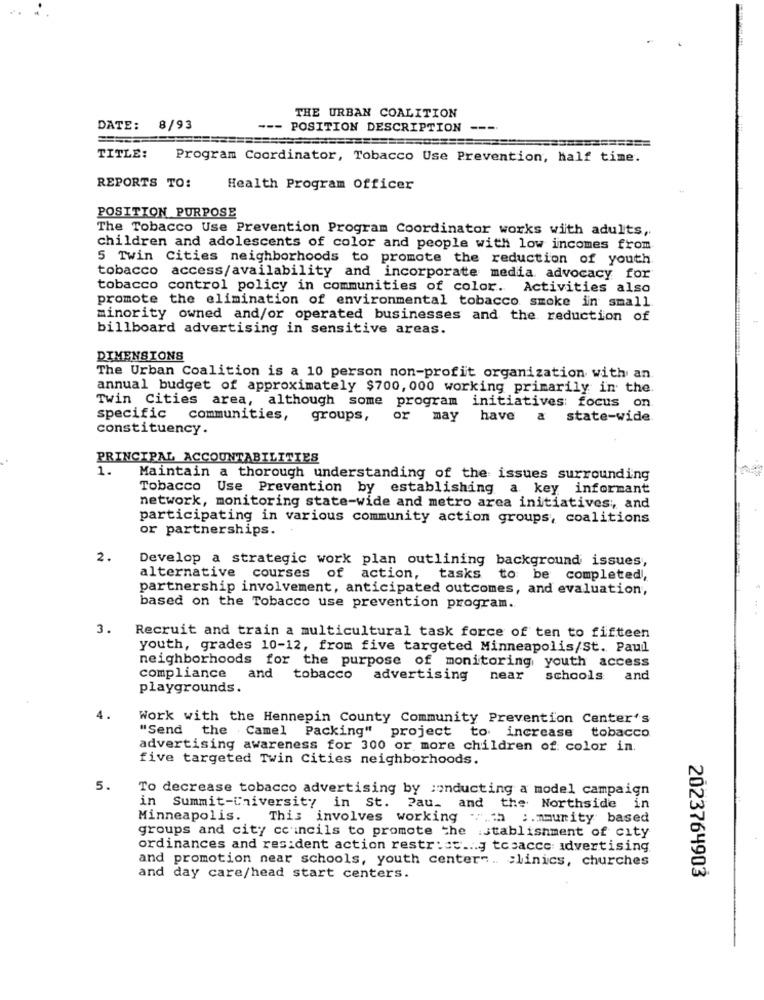
THE URBAN COALITION
DATE: 8/93
--- POSITION DESCRIPTION
TITLE:
Program Coordinator, Tobacco Use Prevention, half time.
REPORTS TO:
Health Program Officer
POSITION PURPOSE
The Tobacco Use Prevention Program Coordinator works with adults,
children and adolescents of color and people with low incomes from
5 Twin Cities neighborhoods to promote the reduction of youth
tobacco access/availability and incorporate media advocacy for
tobacco control policy in communities of color. Activities also
promote the elimination of environmental tobacco smoke in small
minority owned and/or operated businesses and the reduction of
billboard advertising in sensitive areas.
DIMENSIONS
The Urban Coalition is a 10 person non-profit organization with an
annual budget of approximately $700, 000 working primarily in the.
Twin Cities area, although some program initiatives: focus on
specific communities,
groups,
or may
have a state-wide
constituency.
PRINCIPAL ACCOUNTABILITIES
1.
Maintain a thorough understanding of the issues surrounding
Tobacco Use Prevention by establishing a key informant
network, monitoring state-wide and metro area initiatives ;, and
participating in various community action groups, coalitions
or partnerships.
2.
Develop a strategic work plan outlining background issues,
alternative courses of action, tasks to be completed,
partnership involvement, anticipated outcomes, and evaluation,
based on the Tobacco use prevention program.
3.
Recruit and train a multicultural task force of ten to fifteen
youth, grades 10-12, from five targeted Minneapolis/St. Paul
neighborhoods for the purpose of monitoring youth access
compliance and tobacco advertising
near
schools
and
playgrounds.
4.
Work with the Hennepin County Community Prevention Center's
"Send the Camel Packing" project to increase tobacco
advertising awareness for 300 or more children of color in.
five targeted Twin Cities neighborhoods.
5.
To decrease tobacco advertising by conducting a model campaign
in Summit-Chiversity in St. Pau_ and the Northside in
Minneapolis. This involves working ... th :. mmunity based
groups and city councils to promote the :stablishment of city
ordinances and resident action restrict ... g tosacce advertising
and promotion near schools, youth center -.. clinics, churches
and day care/head start centers.
2023764903